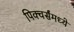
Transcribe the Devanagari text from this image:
पिक्चर्संमध्ये